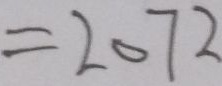
= 2 0 7 2